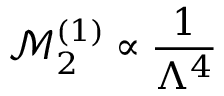
\mathcal { M } _ { 2 } ^ { ( 1 ) } \propto \frac { 1 } { \Lambda ^ { 4 } }